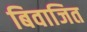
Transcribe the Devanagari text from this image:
बिवाजित